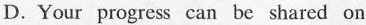
D. Your progress can be shared on